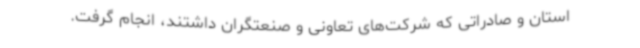
استان و صادراتی که شرکت‌های تعاونی و صنعتگران داشتند، انجام گرفت.